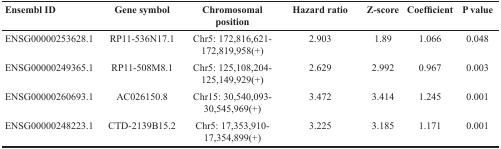
<table><thead><tr><td><b>Ensembl ID</b></td><td><b>Gene symbol</b></td><td><b>Chromosomal position</b></td><td><b>Hazard ratio</b></td><td><b>Z-score</b></td><td><b>Coefficient</b></td><td><b>P value</b></td></tr></thead><tbody><tr><td>ENSG00000253628.1</td><td>RP11-536N17.1</td><td>Chr5: 172,816,621-172,819,958(+)</td><td>2.903</td><td>1.89</td><td>1.066</td><td>0.048</td></tr><tr><td>ENSG00000249365.1</td><td>RP11-508M8.1</td><td>Chr5: 125,108,204-125,149,929(+)</td><td>2.629</td><td>2.992</td><td>0.967</td><td>0.003</td></tr><tr><td>ENSG00000260693.1</td><td>AC026150.8</td><td>Chr15: 30,540,093-30,545,969(+)</td><td>3.472</td><td>3.414</td><td>1.245</td><td>0.001</td></tr><tr><td>ENSG00000248223.1</td><td>CTD-2139B15.2</td><td>Chr5: 17,353,910-17,354,899(+)</td><td>3.225</td><td>3.185</td><td>1.171</td><td>0.001</td></tr></tbody></table>